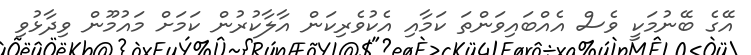
އޭގެ ބޭނުމަކީ ވެސް އެއްބައިވަންތަ ކަމާއި އެކުވެރިކަން އާލާކުރުން ކަމަށް މައުމޫން ވިދާޅުވި